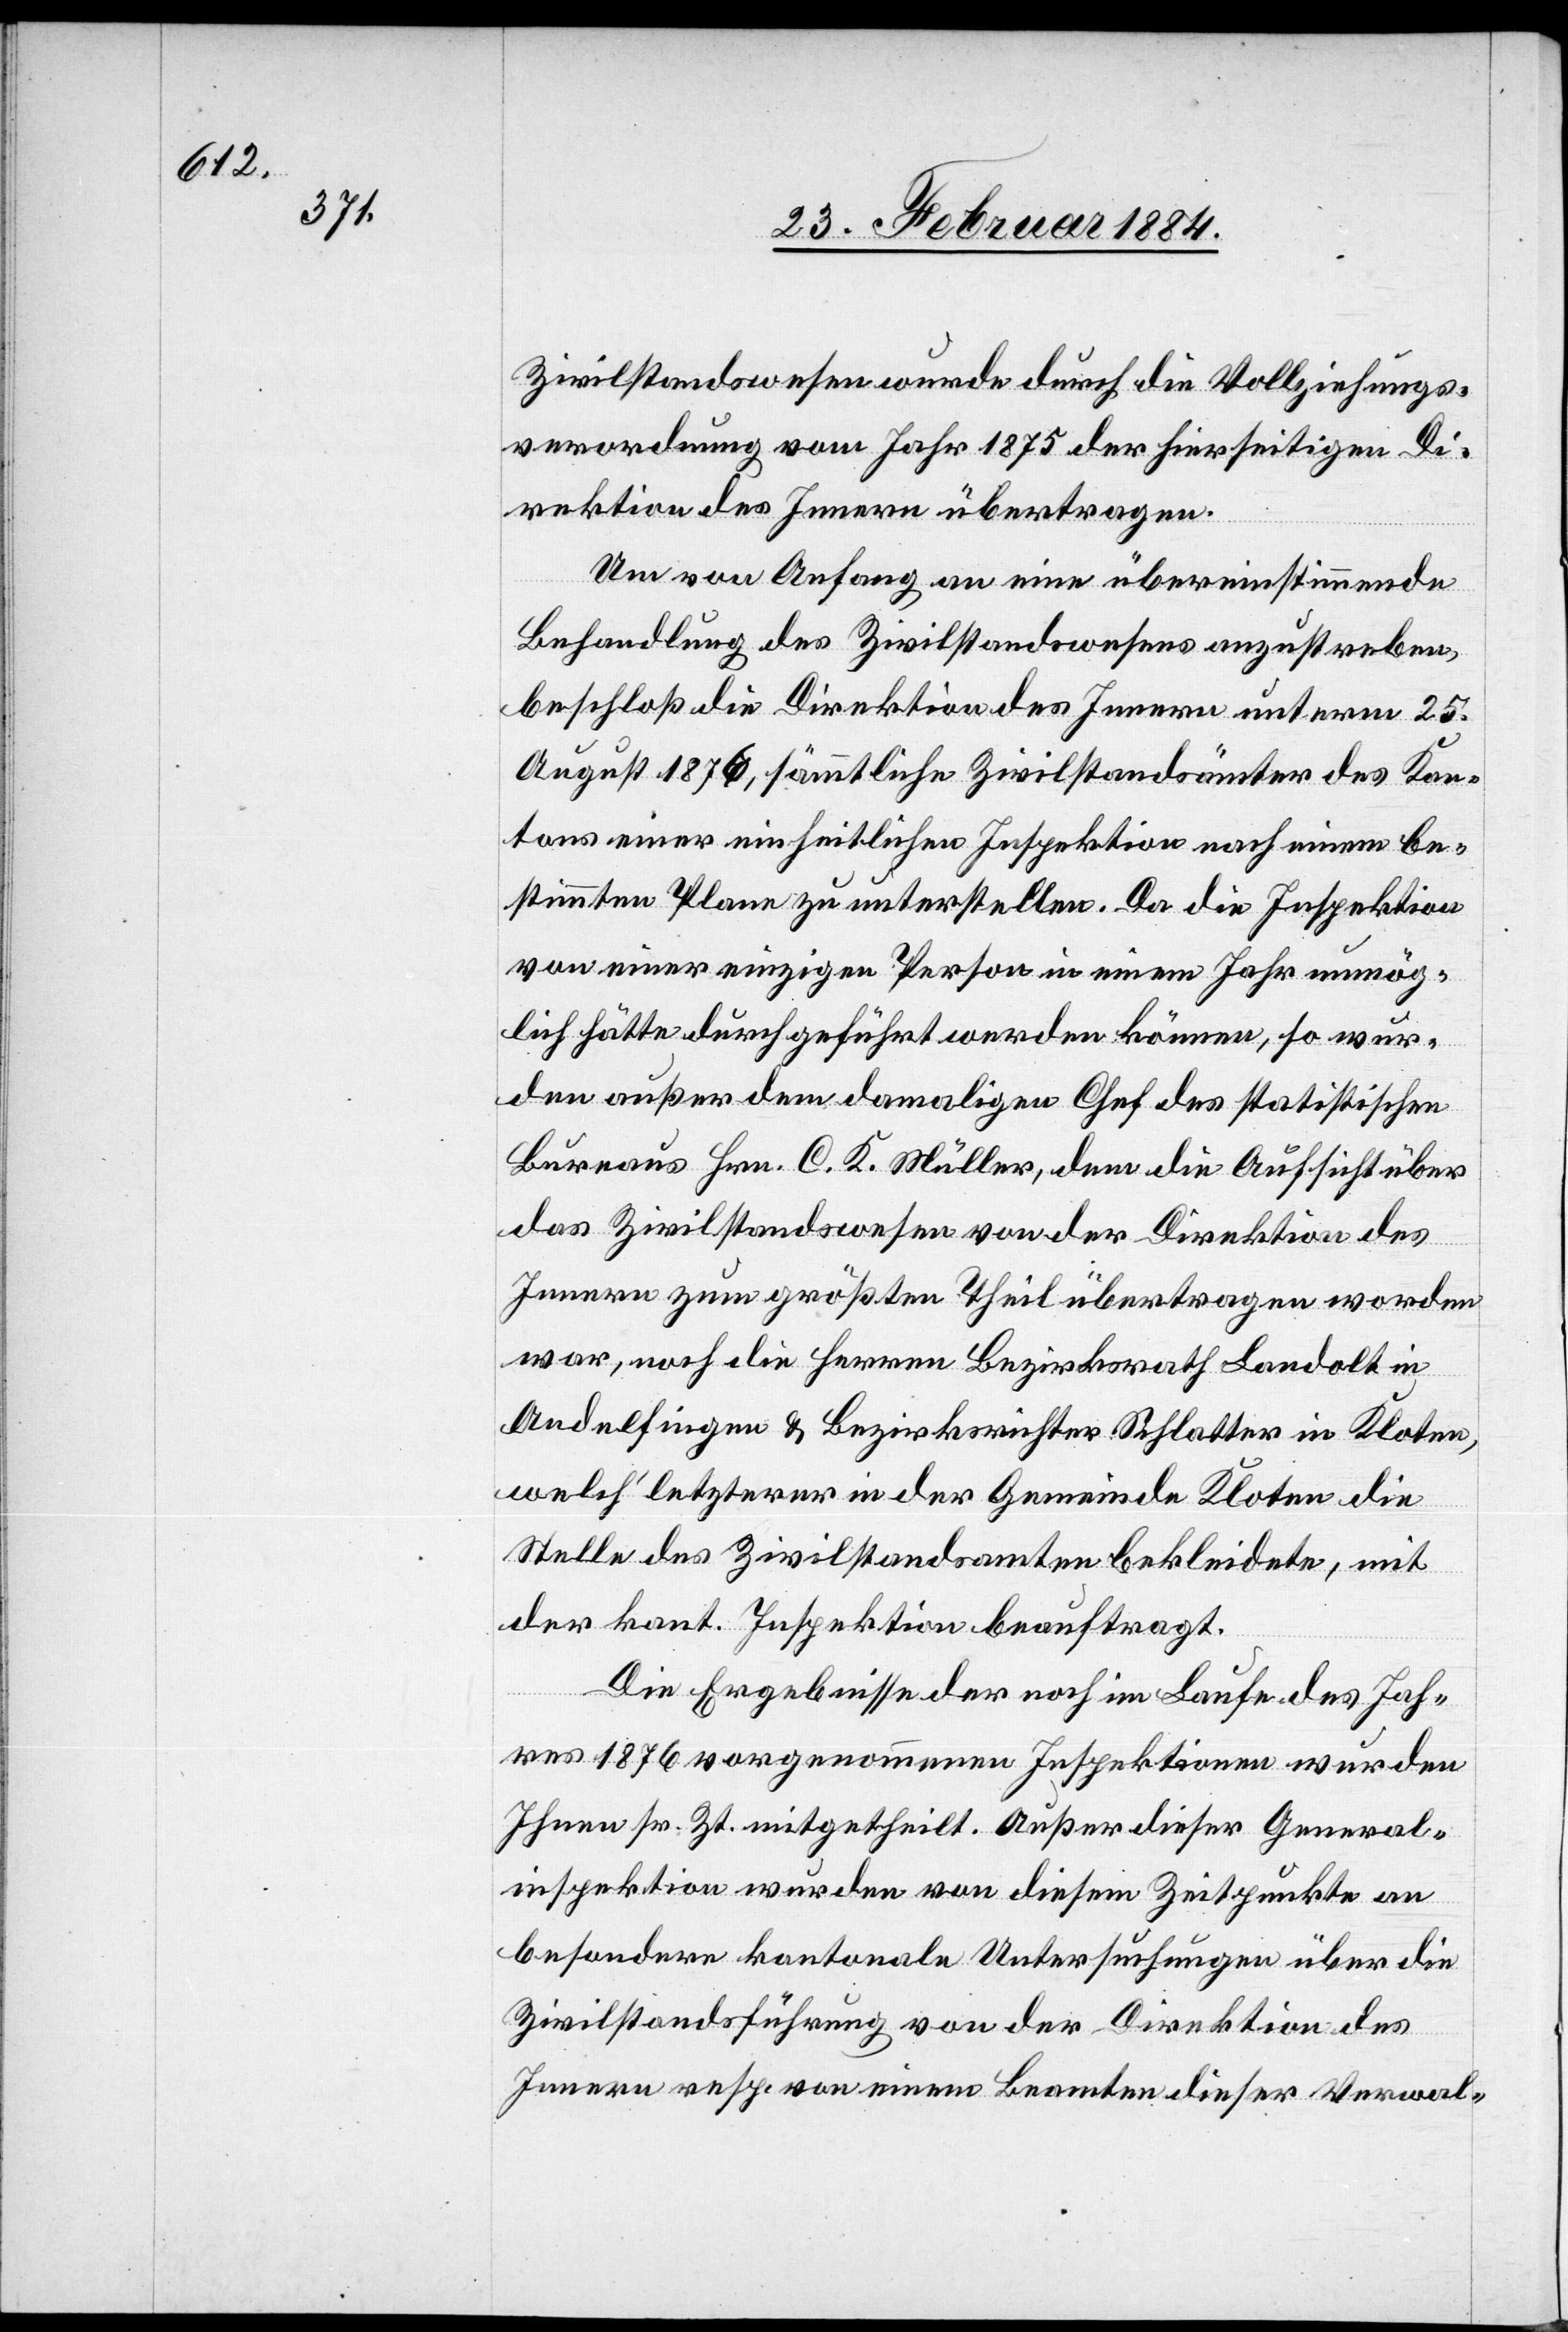
Zivilstandswesen wurde durch die Vollziehungs¬
verordnung vom Jahr 1875 der hierseitigen Di¬
rektion des Innern übertragen.
Um von Anfang an eine übereinstimmende
Behandlung des Zivilstandswesens anzustreben,
beschloß die Direktion des Innern unterm 25.
August 1876, sämmtliche Zivilstandsämter nach ein¬
stimmten Plane zu unterstellen. Da die Inspektionen
von einer einzigen Person in einem Jahr unmög¬
lich hätte durchgeführt werden können, so wur¬
de außer dem damaligen Chef des statistischen
Bureaus Hrn. C. R. Müller, dem die Aufsicht über
das Zivilstandswesen von der Direktion des
Innern zum größten Theil übertragen worden
war, noch die Herren Bezirksrath Landolt in
Andelfingen & Bezirksrichter Schlatter in Kloten,
welch’ letzterer in der Gemeinde Kloten die
Stelle des Zivilstandesamten bekleidete, mit
der kant. Inspektion beauftragt.
em be¬
Die Ergebnisse der noch im Laufe des Jah¬
res 1876 vorgenommenen Inspektion wurden
Ihnen sr. Zt. mitgetheilt. Außer dieser General¬
inspektion wurden von diesem Zeitpunkte an
besondere kantonale Untersuchungen über die
Zivilstandesführung von der Direktion des
Innern resp. von einem Beamten dieser Verwal-